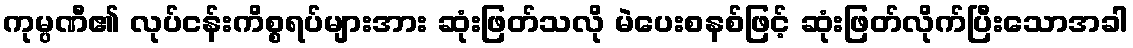
ကုမ္ပဏီ၏ လုပ်ငန်းကိစ္စရပ်များအား ဆုံးဖြတ်သလို မဲပေးစနစ်ဖြင့် ဆုံးဖြတ်လိုက်ပြီးသောအခါ